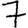
Digit: 7